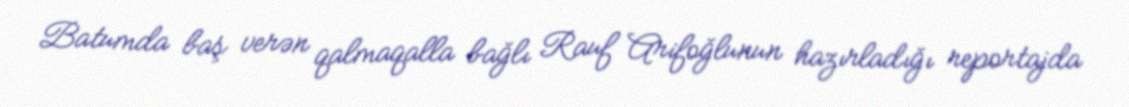
Batumda baş verən qalmaqalla bağlı Rauf Arifoğlunun hazırladığı reportajda